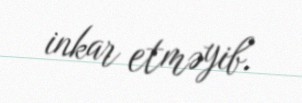
inkar etməyib.